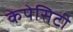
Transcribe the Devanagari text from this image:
केपेसिटी